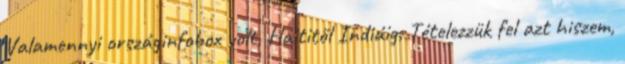
Valamennyi országinfobox volt, Haititől Indiáig. Tételezzük fel azt hiszem,